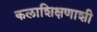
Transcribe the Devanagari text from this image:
कलाशिक्षणाशी